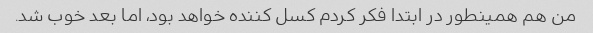
من هم همینطور در ابتدا فکر کردم کسل کننده خواهد بود، اما بعد خوب شد.